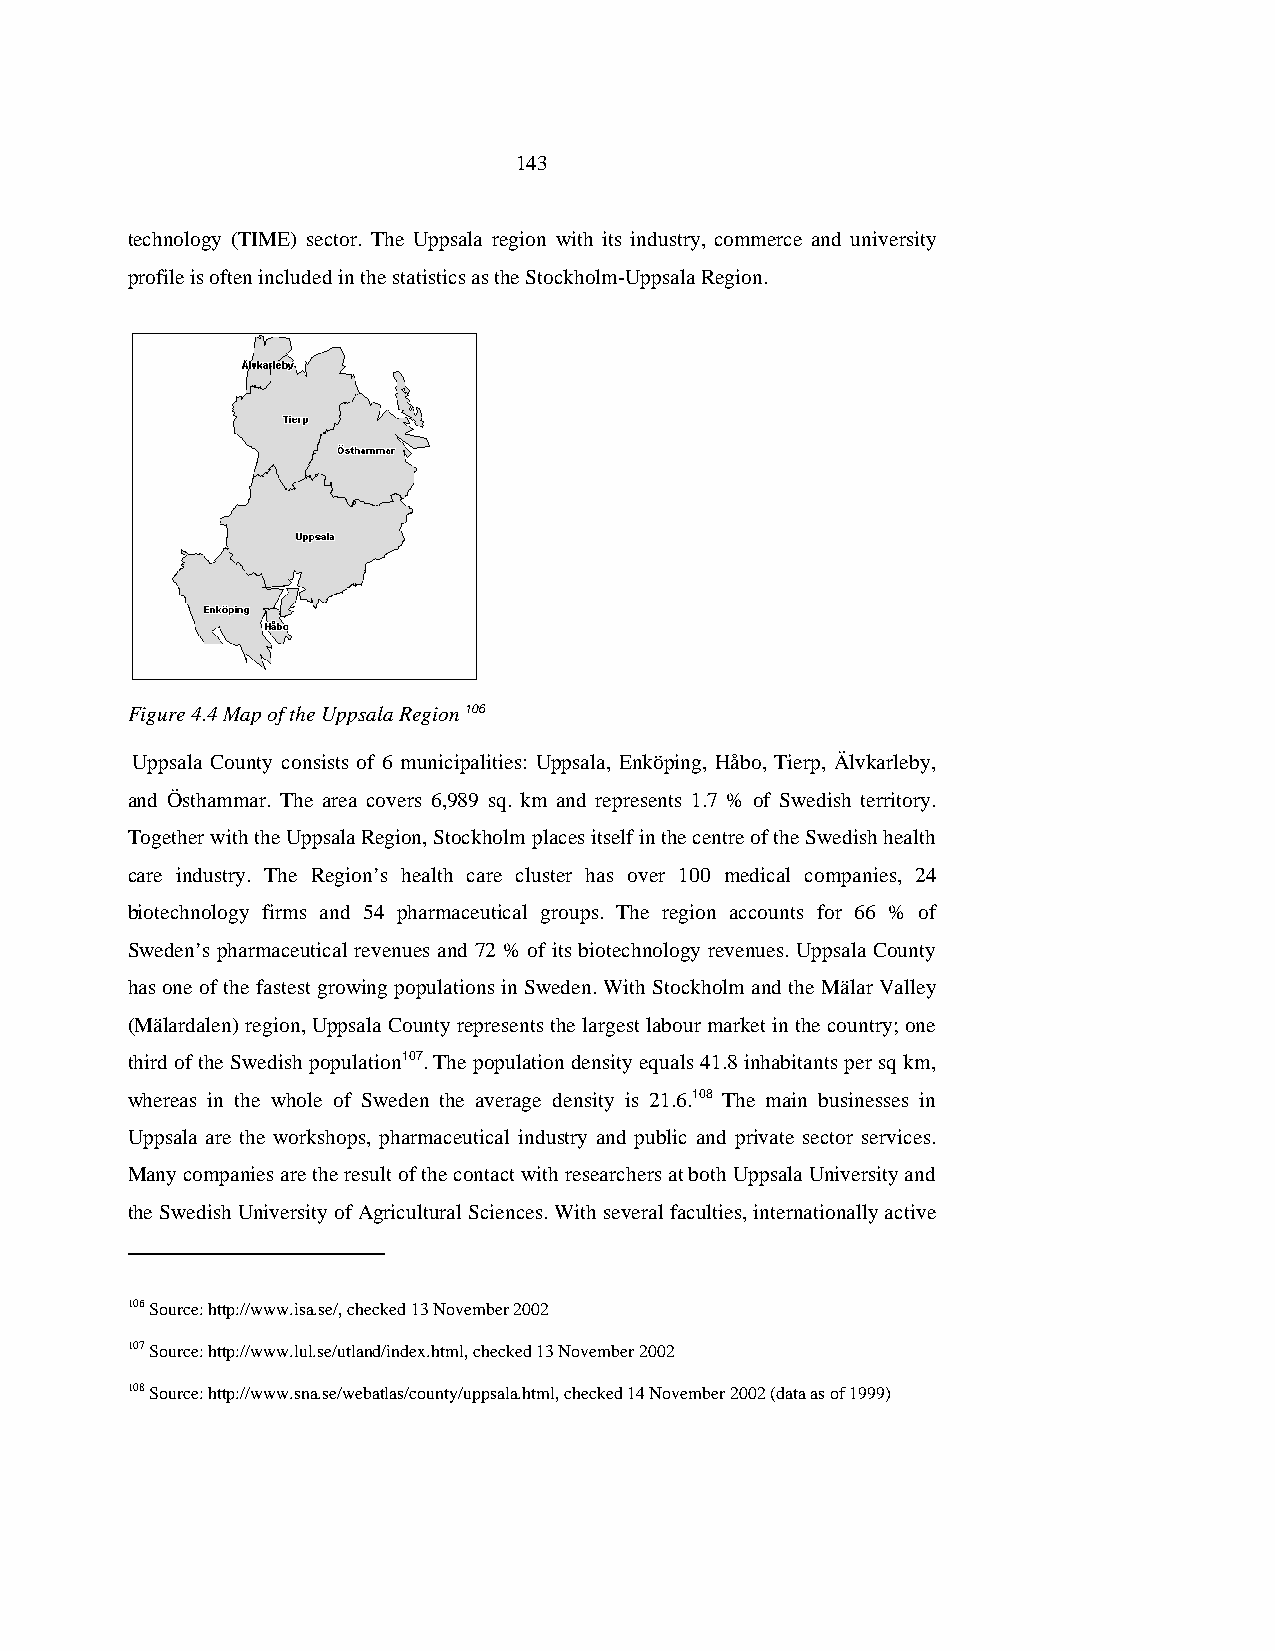
143
 technology (TIME) sector. The Uppsala region with its industry, commerce and university
 profile is often included in the statistics as the Stockholm-Uppsala Region.
 Figure 4.4 Map of the Uppsala Region 106
 Uppsala County consists of 6 municipalities: Uppsala, Enköping, Håbo, Tierp, Älvkarleby,
 and Östhammar. The area covers 6,989 sq. km and represents 1.7 % of Swedish territory.
 Together with the Uppsala Region, Stockholm places itself in the centre of the Swedish health
 care industry. The Region’s health care cluster has over 100 medical companies, 24
 biotechnology firms and 54 pharmaceutical groups. The region accounts for 66 % of
 Sweden’s pharmaceutical revenues and 72 % of its biotechnology revenues. Uppsala County
 has one of the fastest growing populations in Sweden. With Stockholm and the Mälar Valley
 (Mälardalen) region, Uppsala County represents the largest labour market in the country; one
 third of the Swedish population107. The population density equals 41.8 inhabitants per sq km,
 whereas in the whole of Sweden the average density is 21.6.108 The main businesses in
 Uppsala are the workshops, pharmaceutical industry and public and private sector services.
 Many companies are the result of the contact with researchers at both Uppsala University and
 the Swedish University of Agricultural Sciences. With several faculties, internationally active
 106 Source: http://www.isa.se/, checked 13 November 2002
 107 Source: http://www.lul.se/utland/index.html, checked 13 November 2002
 108 Source: http://www.sna.se/webatlas/county/uppsala.html, checked 14 November 2002 (data as of 1999)